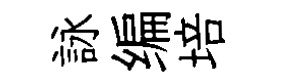
詠编培